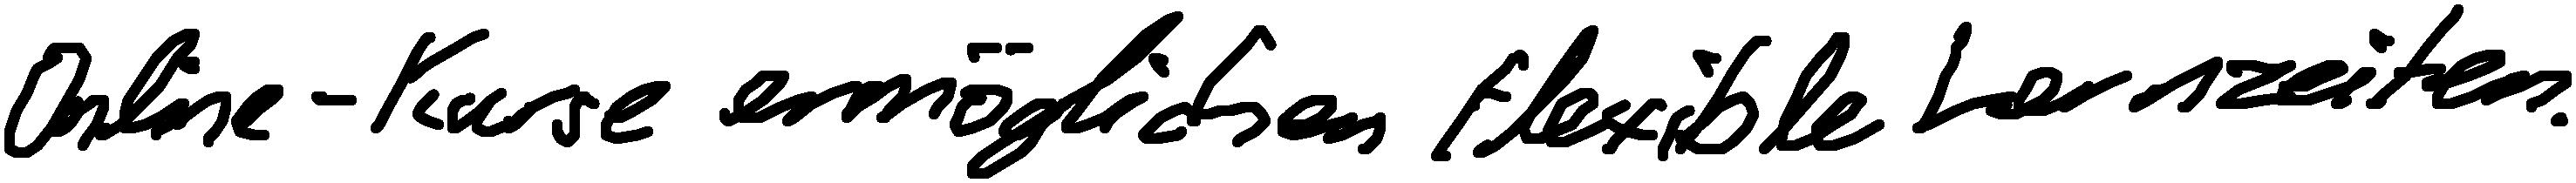
Online-Kurse ermöglichen flexible Lernzeiten.